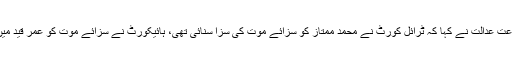
دوران سماعت عدالت نے کہا کہ ٹرائل کورٹ نے محمد ممتاز کو سزائے موت کی سزا سنائی تھی، ہائیکورٹ نے سزائے موت کو عمر قید میں تبدیل کیا۔